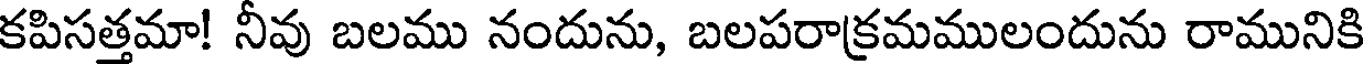
కపిసత్తమా! నీవు బలము నందును, బలపరాక్రమములందును రామునికి